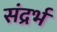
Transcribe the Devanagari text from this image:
संद्रर्भ